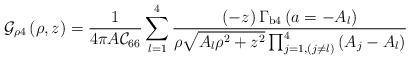
LaTeX: \begin{align*}{\cal G}_{\rho 4}\left(\rho,z\right)={\displaystyle\frac{1}{4\pi A{\cal C}_{66}}\sum_{l=1}^{4}{\frac{\left(-z\right)\Gamma_{\rm{b4}}\left(a=-A_l\right)}{\rho\sqrt{A_l\rho^2+z^2}\prod_{j=1,(j\neq l)}^{4}{\left(A_j-A_l\right)}}}}\end{align*}